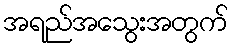
အရည်အသွေးအတွက်